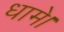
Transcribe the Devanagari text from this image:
धामे।